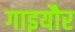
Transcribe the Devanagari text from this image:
गाइयौर